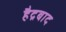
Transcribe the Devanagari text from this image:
हैद्रबाद